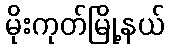
မိုးကုတ်မြို့နယ်